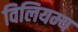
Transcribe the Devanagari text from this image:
विलियम्य